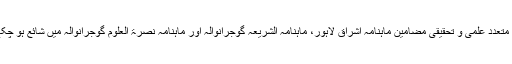
ان کے متعدد علمی و تحقیقی مضامین ماہنامہ اشراق لاہور، ماہنامہ الشریعہ گوجرانوالہ اور ماہنامہ نصرۃ العلوم گوجرانوالہ میں شائع ہو چکے ہیں۔